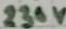
Text: 230V